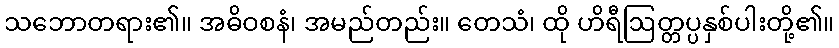
သဘောတရား၏။ အဓိဝစနံ၊ အမည်တည်း။ တေသံ၊ ထို ဟိရီဩတ္တပ္ပနှစ်ပါးတို့၏။